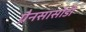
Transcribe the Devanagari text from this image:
ग्रैनसासोडी